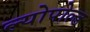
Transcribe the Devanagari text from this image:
ल्योपोल्ड